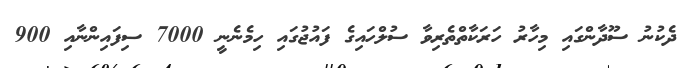
ދެކުނު ސޫދާންގައި މިހާރު ހަރަކާތްތެރިވާ ސުލްހައިގެ ފައުޖުގައި ހިމެނެނީ 7000 ސިފައިންނާއި 900